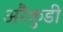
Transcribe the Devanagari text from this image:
अरैकुडी